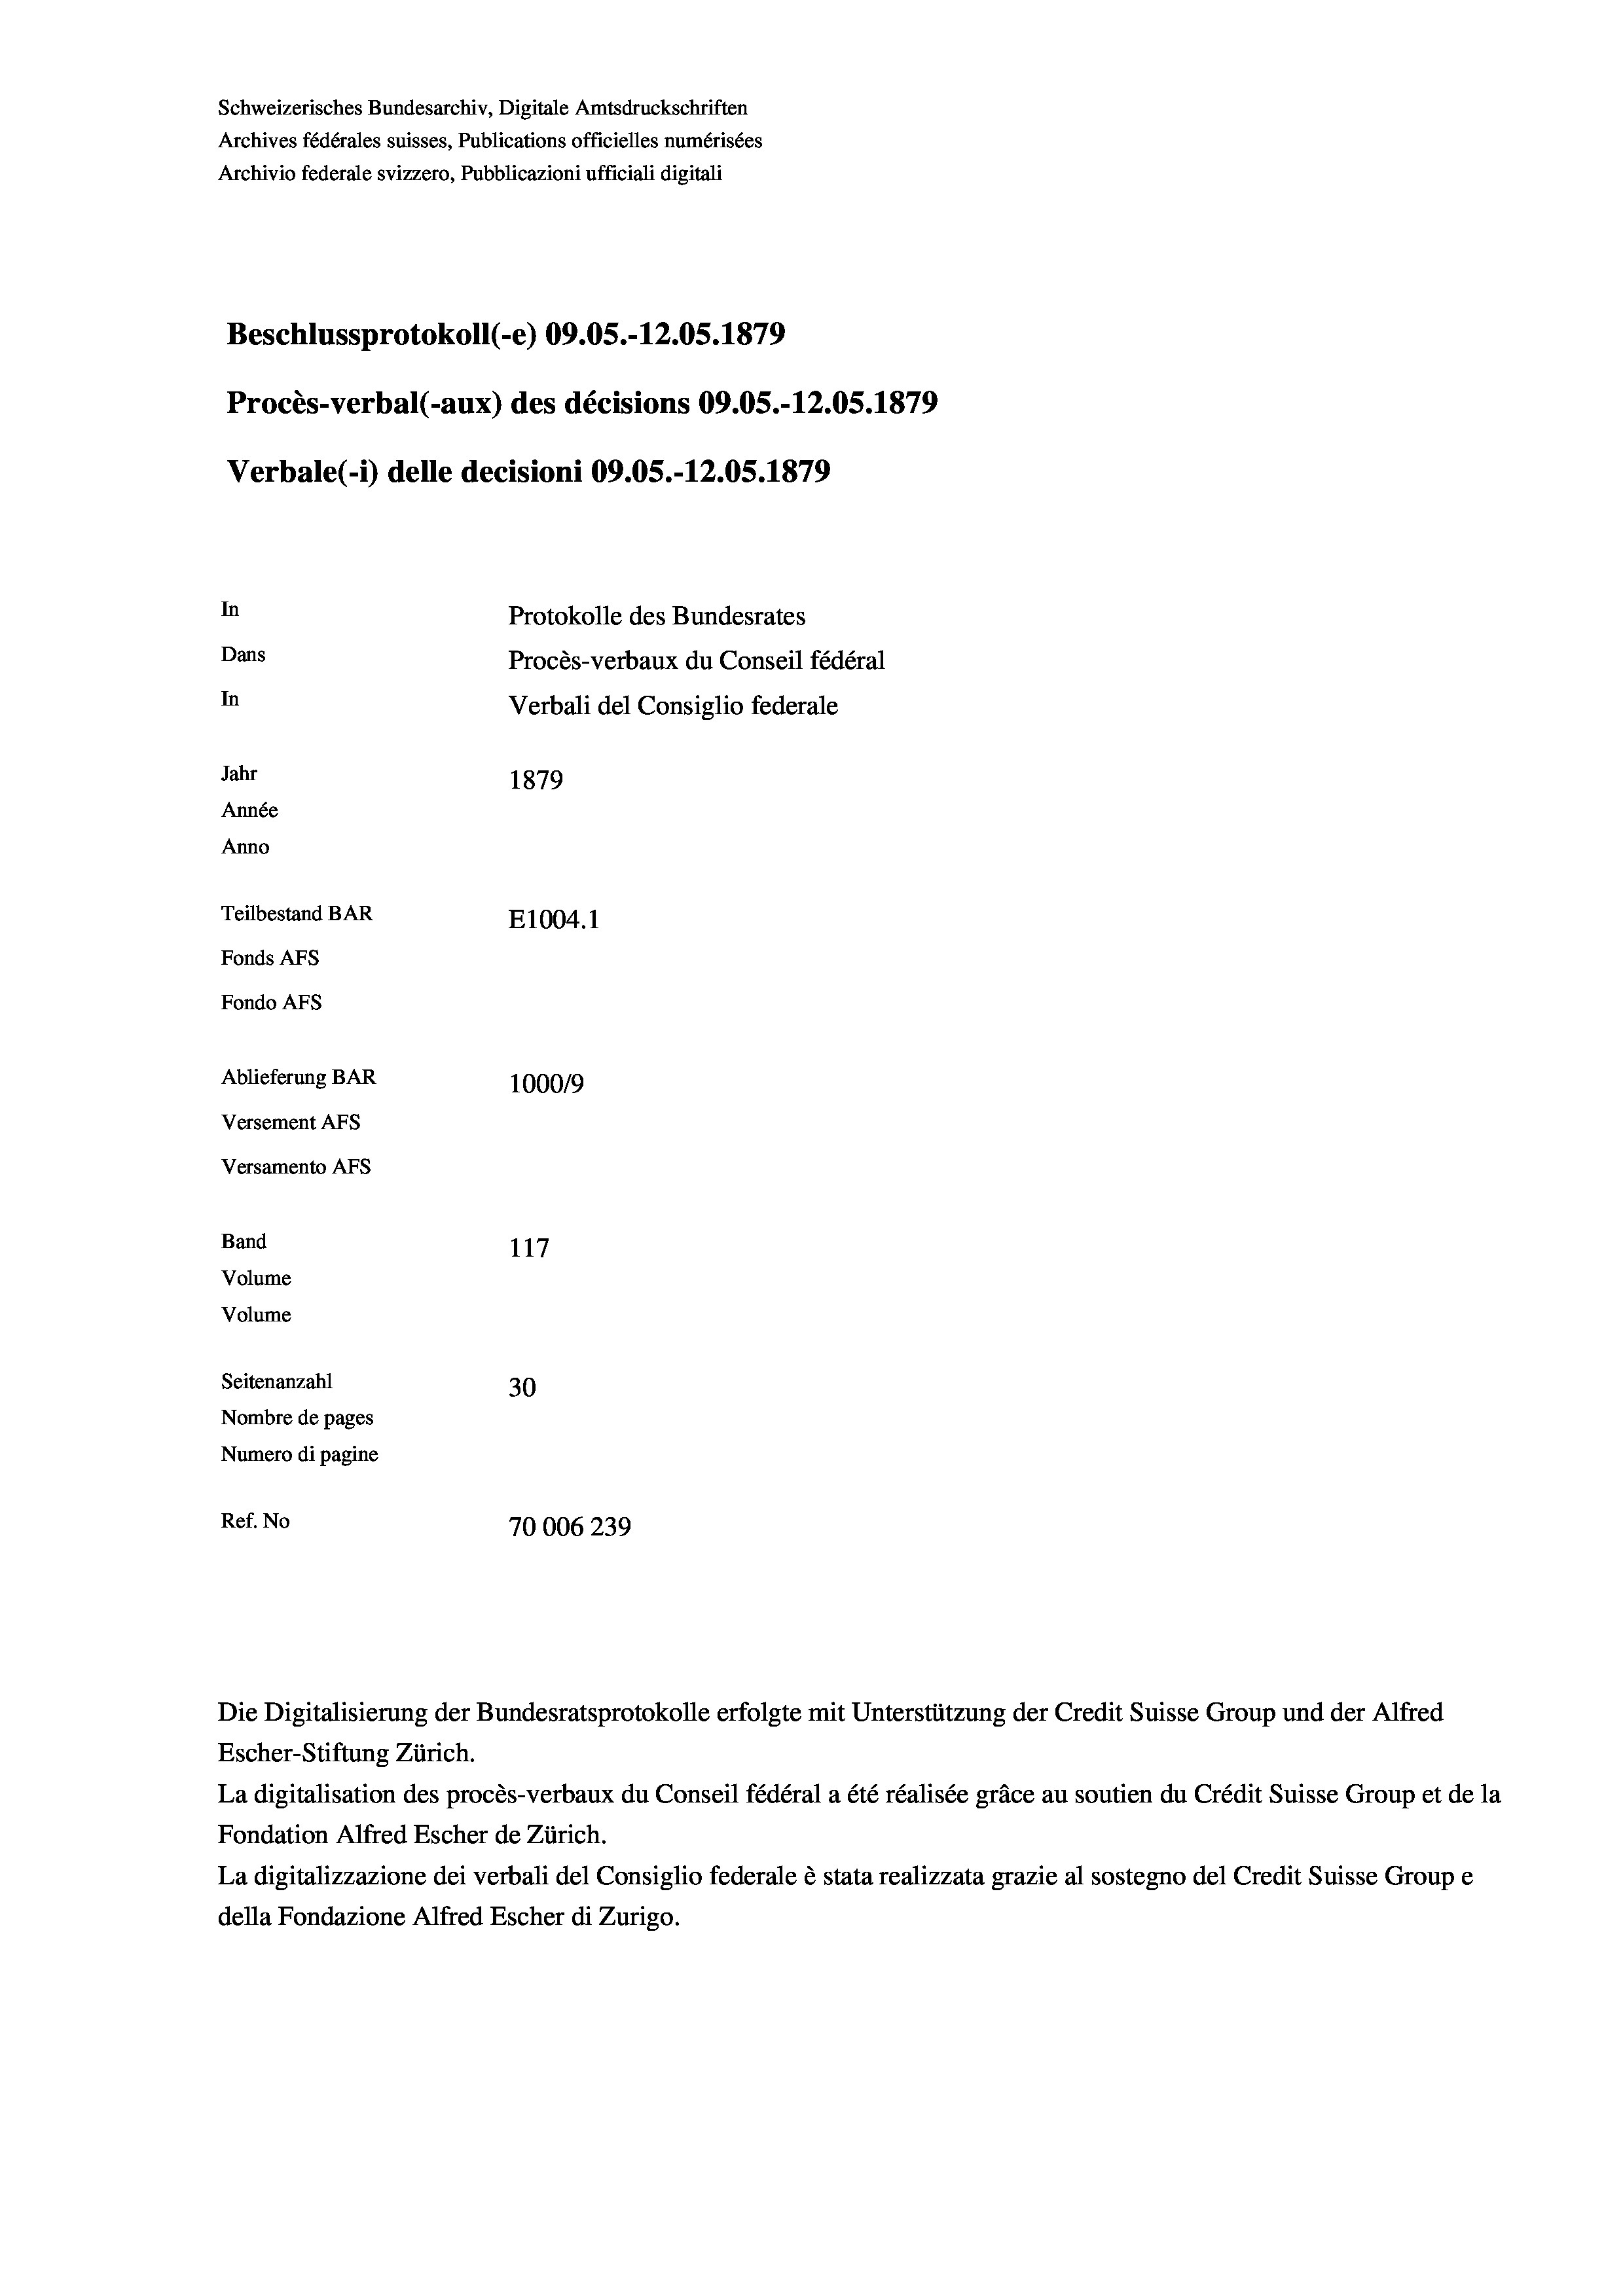
Schweizerisches Bundesarchiv, Digitale Amtsdruckschriften
Archives fédérales suisses, Publications officielles numérisées
Archivio federale svizzero, Pubblicazioni ufficiali digitali
Beschlussprotokoll (-e) 09.05.-12.05. 1879
Procès-verbal (-aux) des décisions 09.05.-12.05. 1879
Verbale (i) delle decisioni 09.05.-12.05. 1879
In
Protokolle des Bundesrates
Dans
Procès-verbaux du Conseil fédéral
In
Verbali del Consiglio federale
Jahr
1879
Année
Anno
Teilbestand BAR
E1004.1
Fonds AFs
Fondo AFs
Ablieferung BAR
100019
Versement AFs
Versamento AFs
Band
117
Volume
Volume
Seitenanzahl
30
Nombre de pages
Numero di pagine
Ref. No
70006239

Die Digitalisierung der Bundesratsprotokolle erfolgte mit Unterstützung der Credit Suisse Group und der Alfred

Escher-Stiftung Zürich.
La digitalisation des procès-verbaux du Conseil fédéral a été réalisée gräce au soutien du Crédit Suisse Group et de la
Fondation Alfred Escher de Zürich.
La digitalizzazione dei verbali del Consiglio federale è stata realizzata grazie al sostegno del Credit Suisse Groupe
della Fondazione Alfred Escher di Zurigo.